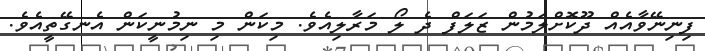
ފިނިނޭވާއެއް ދޫކޮށްލަމުން ޒަލަފް ދެ ލޯ މަރާލިއެވެ. މިކަން މި ނިމުނީކަން އެނގޭތީއެވެ.